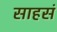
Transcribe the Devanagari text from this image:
साहसं